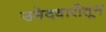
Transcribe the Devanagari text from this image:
उमेदवारीतून